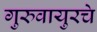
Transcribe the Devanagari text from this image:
गुरुवायुरचे